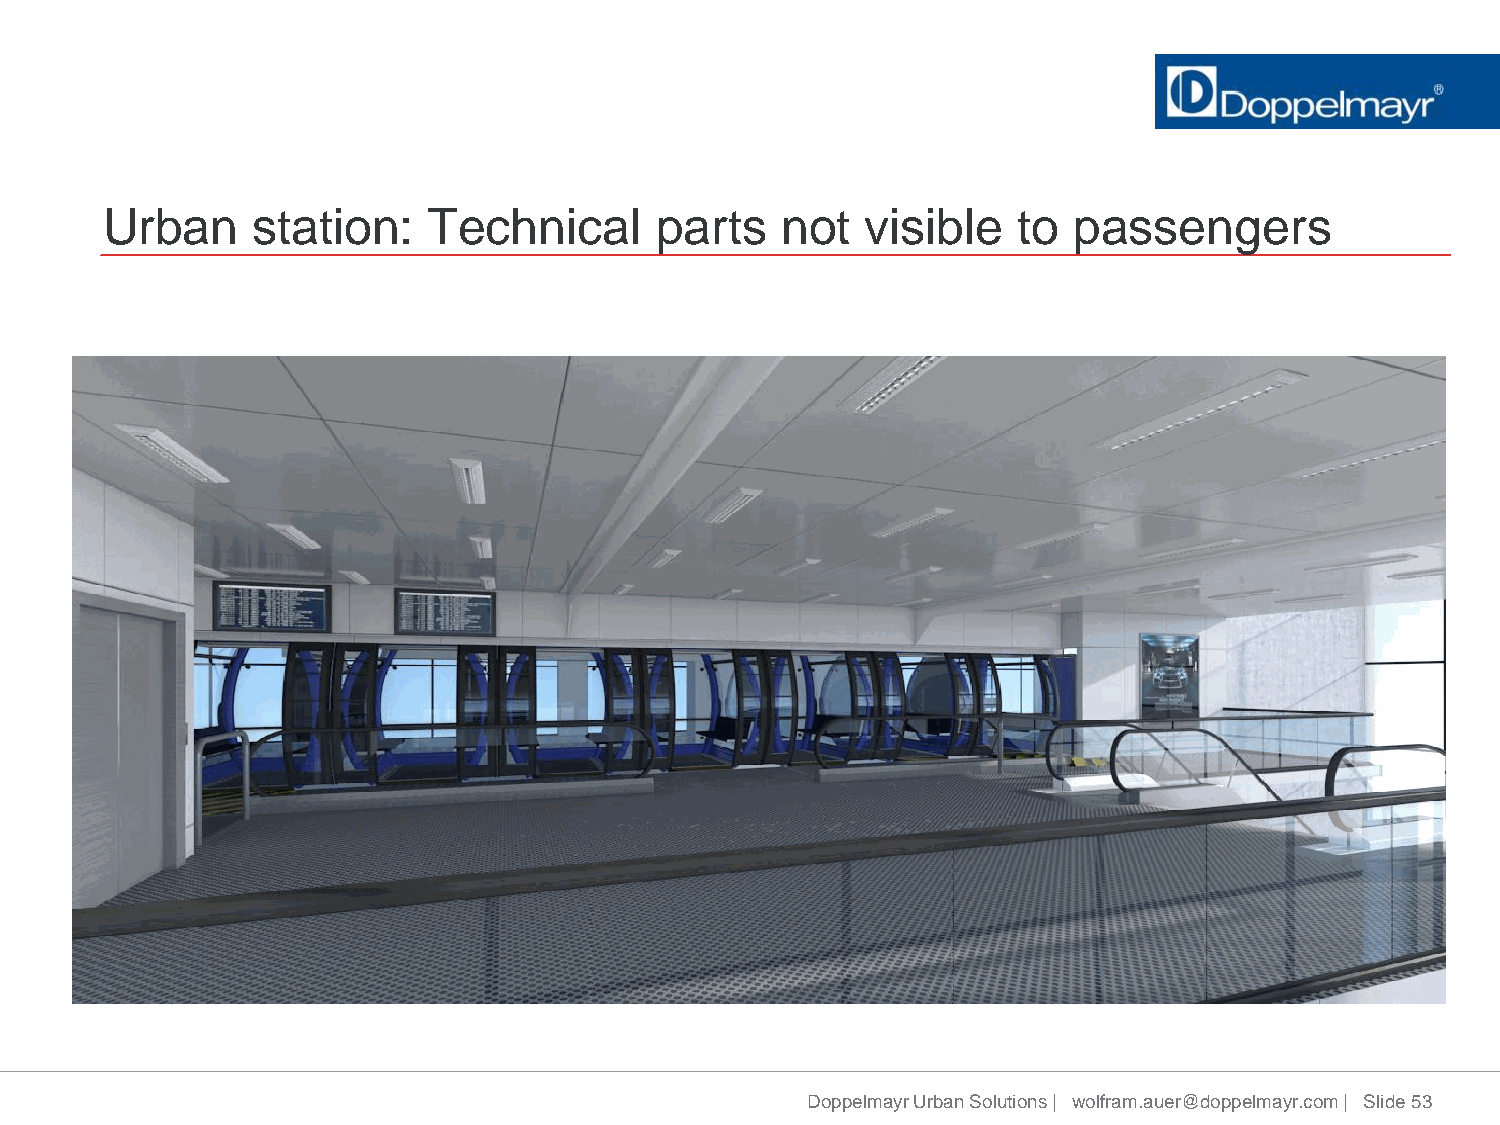
Urban     station:   Technical      parts    not  visible   to  passengers
 Doppelmayr Urban Solutions | wolfram.auer@doppelmayr.com | Slide 53